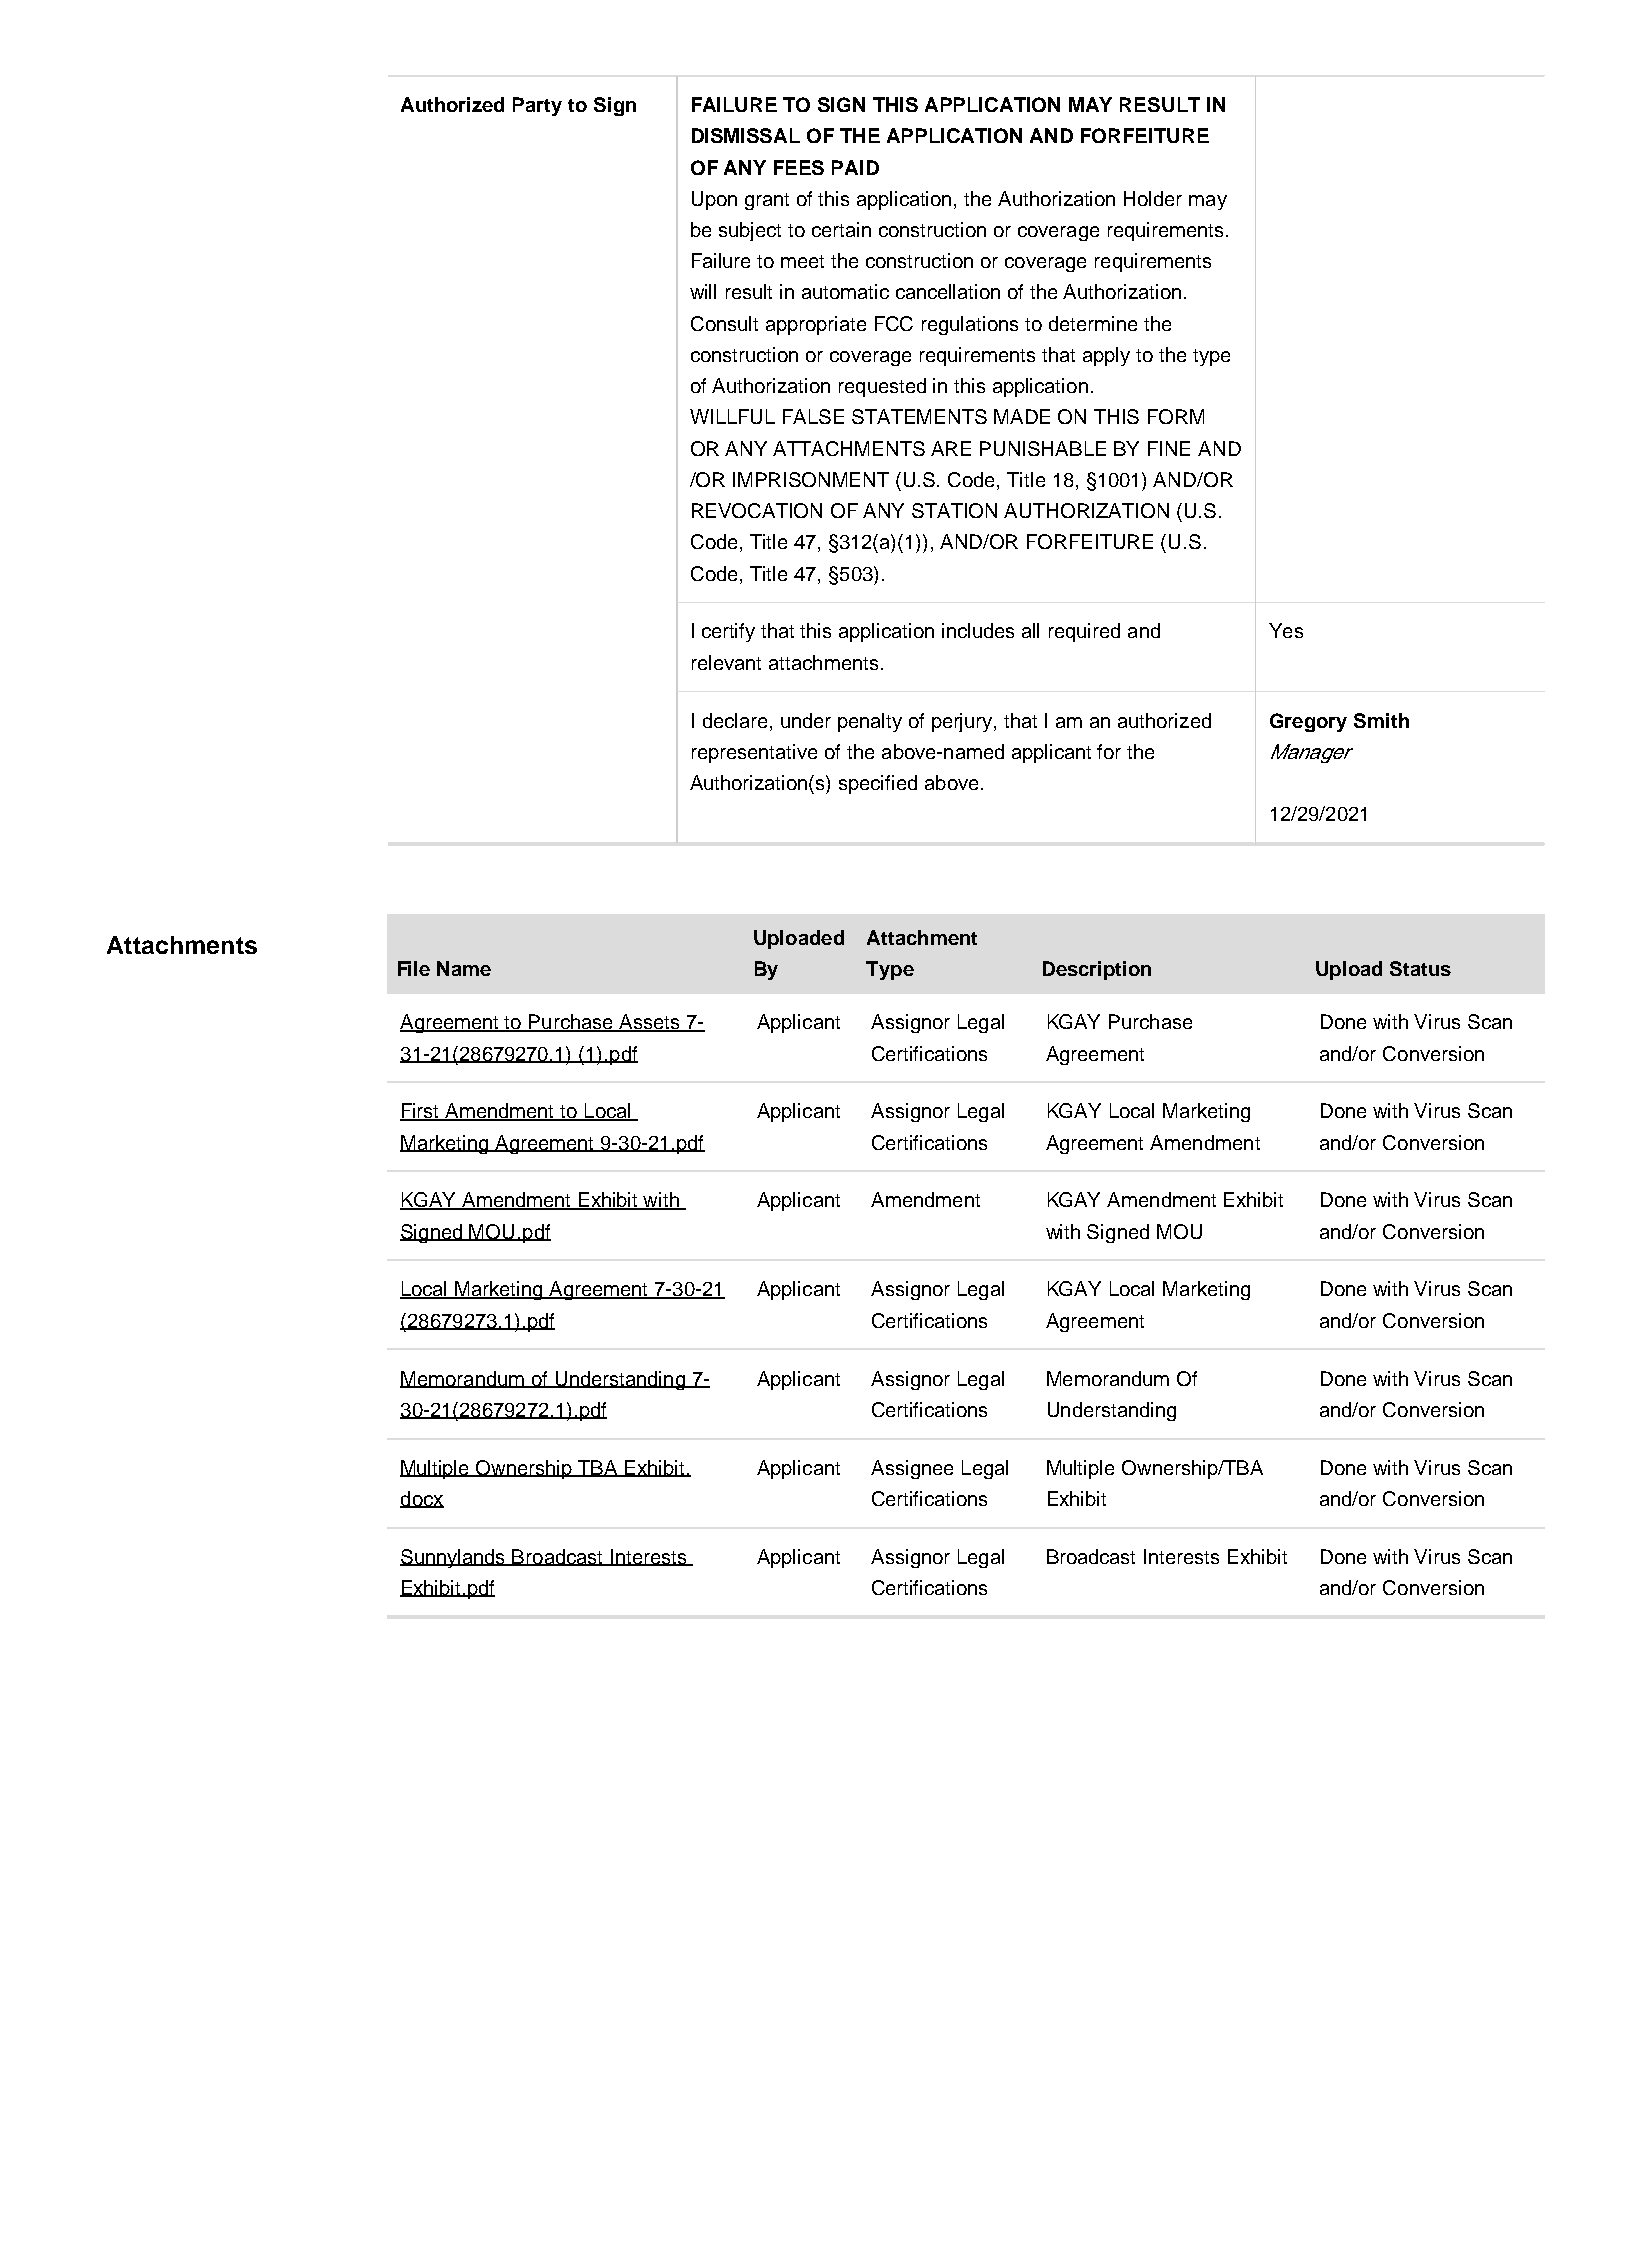
Authorized Party to Sign FAILURE TO SIGN THIS APPLICATION MAY RESULT IN
 DISMISSAL OF THE APPLICATION AND FORFEITURE
 OF ANY FEES PAID
 Upon grant of this application, the Authorization Holder may
 be subject to certain construction or coverage requirements.
 Failure to meet the construction or coverage requirements
 will result in automatic cancellation of the Authorization.
 Consult appropriate FCC regulations to determine the
 construction or coverage requirements that apply to the type
 of Authorization requested in this application.
 WILLFUL FALSE STATEMENTS MADE ON THIS FORM
 OR ANY ATTACHMENTS ARE PUNISHABLE BY FINE AND
 /OR IMPRISONMENT (U.S. Code, Title 18, §1001) AND/OR
 REVOCATION OF ANY STATION AUTHORIZATION (U.S.
 Code, Title 47, §312(a)(1)), AND/OR FORFEITURE (U.S.
 Code, Title 47, §503).
 I certify that this application includes all required and Yes
 relevant attachments.
 I declare, under penalty of perjury, that I am an authorized Gregory Smith
 representative of the above-named applicant for the Manager
 Authorization(s) specified above.
 12/29/2021
 Attachments                                Uploaded Attachment
 File Name               By     Type        Description       Upload Status
 Agreement to Purchase Assets 7- Applicant Assignor Legal KGAY Purchase Done with Virus Scan
 31-21(28679270.1) (1).pdf       Certifications Agreement     and/or Conversion
 First Amendment to Local Applicant Assignor Legal KGAY Local Marketing Done with Virus Scan
 Marketing Agreement 9-30-21.pdf Certifications Agreement Amendment and/or Conversion
 KGAY Amendment Exhibit with Applicant Amendment KGAY Amendment Exhibit Done with Virus Scan
 Signed MOU.pdf                             with Signed MOU   and/or Conversion
 Local Marketing Agreement 7-30-21 Applicant Assignor Legal KGAY Local Marketing Done with Virus Scan
 (28679273.1).pdf                Certifications Agreement     and/or Conversion
 Memorandum of Understanding 7- Applicant Assignor Legal Memorandum Of Done with Virus Scan
 30-21(28679272.1).pdf           Certifications Understanding and/or Conversion
 Multiple Ownership TBA Exhibit. Applicant Assignee Legal Multiple Ownership/TBA Done with Virus Scan
 docx                            Certifications Exhibit       and/or Conversion
 Sunnylands Broadcast Interests Applicant Assignor Legal Broadcast Interests Exhibit Done with Virus Scan
 Exhibit.pdf                     Certifications               and/or Conversion